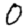
Digit: 0